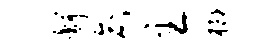
舒俞主榔